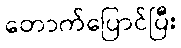
တောက်ပြောင်ပြီး